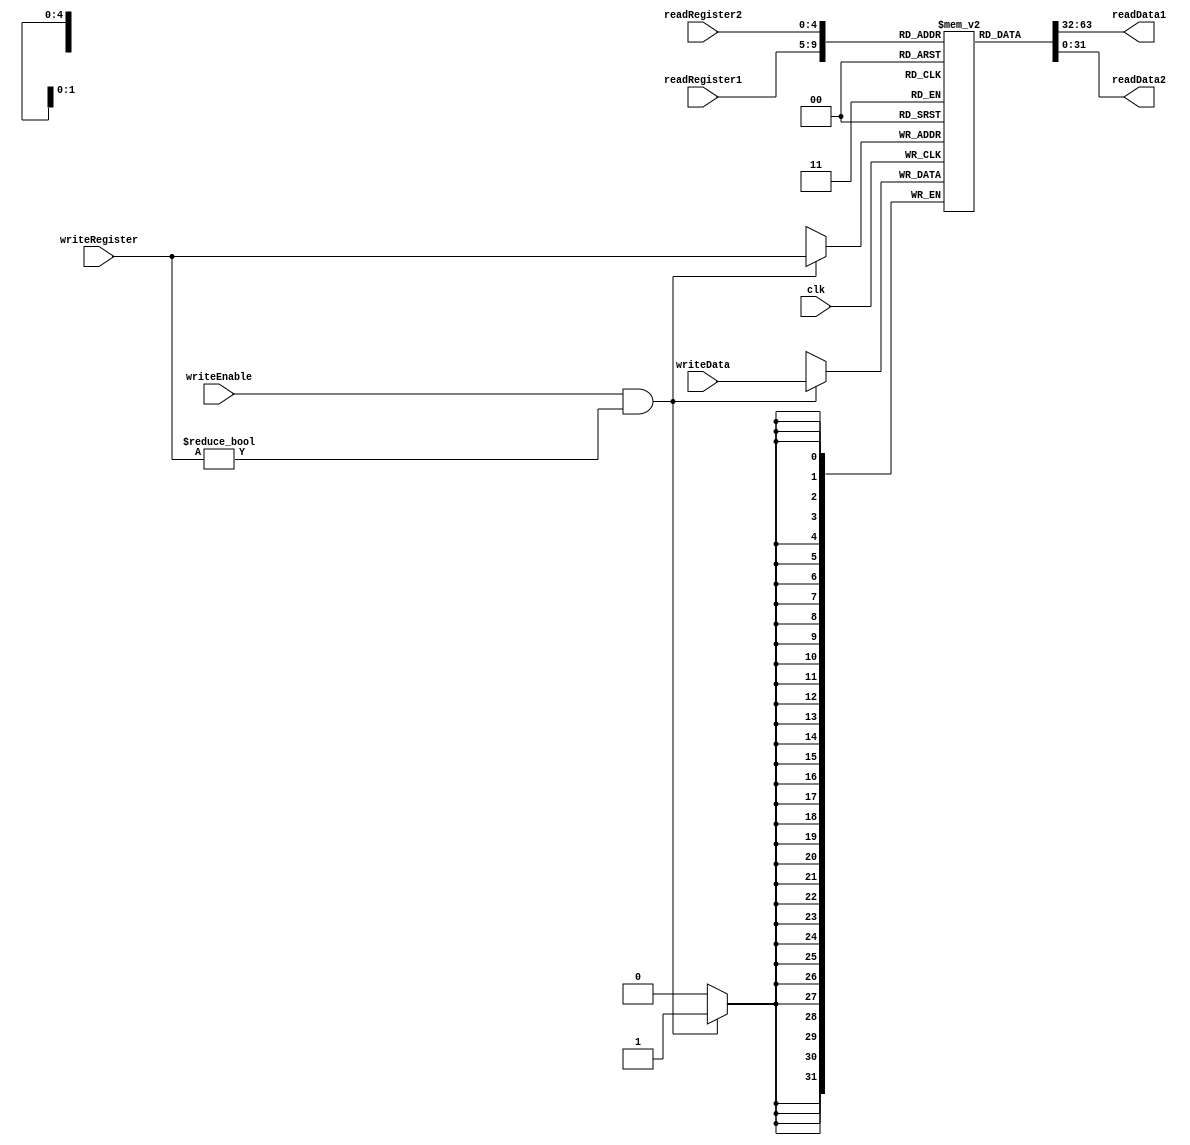
`timescale 1ns / 1ps
//////////////////////////////////////////////////////////////////////////////////
// Company: 
// Engineer: 
// 
// Design Name: 
// Module Name:    Register 
// Project Name: 
// Target Devices: 
// Tool versions: 
// Description: 
//
// Dependencies: 
//
// Revision: 
// Revision 0.01 - File Created
// Additional Comments: 
//
//////////////////////////////////////////////////////////////////////////////////
module Register(readRegister1,readRegister2,writeRegister,writeData,readData1,readData2,clk,writeEnable);
	// input and output
	input [4:0] readRegister1,readRegister2,writeRegister;
	input [31:0] writeData;
	input writeEnable,clk;
	output [31:0] readData1,readData2;

	// 32 set of 32-bit registers
	reg [31:0] registers [31:0];
	
	// initialize memory to zero
	integer i;
	initial begin
		for(i=0;i<32;i=i+1)
			registers[i] = 0;
	end
	
	assign readData1 = registers[readRegister1];
	assign readData2 = registers[readRegister2];
	
	// write data to register on clk
	always @(posedge clk) begin
		if(writeEnable==1'b1 && writeRegister != 0)
			registers[writeRegister] = writeData;
	end

endmodule